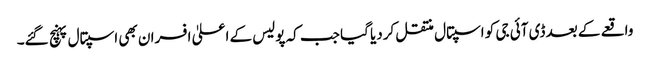
واقعے کے بعد ڈی آئی جی کو اسپتال منتقل کردیا گیا جب کہ پولیس کے اعلیٰ افسران بھی اسپتال پہنچ گئے۔